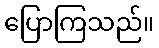
ပြောကြသည်။